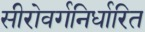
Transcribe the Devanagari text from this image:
सीरोवर्गनिर्धारित